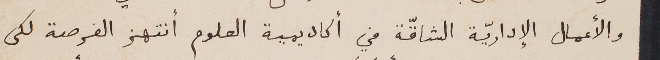
والأعمال الإداريّة الشاقّة في أكاديمية العلوم أنتهز الفرصة لكى